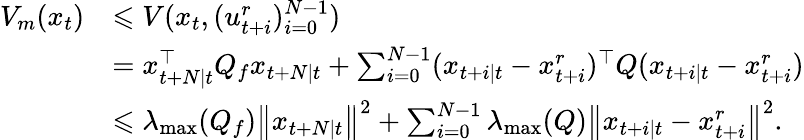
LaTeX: \begin{array}{rl}{V_{m}(x_{t})}&{\leqslant V(x_{t},(u_{t+i}^{r})_{i=0}^{N-1})}\\ &{=x_{t+N\mid t}^{\top}Q_{f}x_{t+N\mid t}+\sum_{i=0}^{N-1}(x_{t+i\mid t}-x_{t+i}^{r})^{\top}Q(x_{t+i\mid t}-x_{t+i}^{r})}\\ &{\leqslant\lambda_{\operatorname*{max}}(Q_{f})\left\| x_{t+N\mid t}\right\| ^{2}+\sum_{i=0}^{N-1}\lambda_{\operatorname*{max}}(Q)\left\| x_{t+i\mid t}-x_{t+i}^{r}\right\| ^{2}.}\end{array}